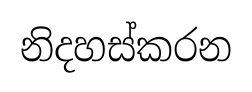
නිදහස්කරන